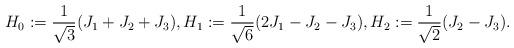
LaTeX: \begin{align*} H_0:=\frac{1}{\sqrt{3}}(J_1+J_2+J_3),H_1:=\frac{1}{\sqrt{6}}(2J_1-J_2-J_3),H_2:=\frac{1}{\sqrt{2}}(J_2-J_3).\end{align*}